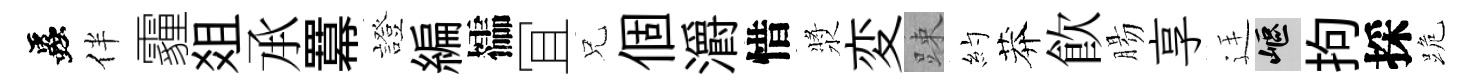
蟲伴霾爼𠄘羃證編櫺冝兄個灂惜漿変踈約莽飮腸享廷嶇拘採跪